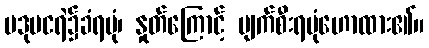
ပဒုမငရဲ၌ခံရပုံ၊ နှုတ်ကြောင့် ပျက်စီးရပုံဟောထား၏။